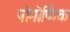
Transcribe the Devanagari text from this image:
पोमोर्फिक